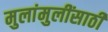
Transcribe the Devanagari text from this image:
मुलांमुलींसाठी